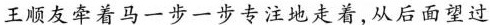
王顺友牵着马一步一步专注地走着,从后面望过